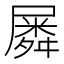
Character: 𡳞